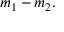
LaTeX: m _ { 1 } - m _ { 2 } .